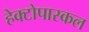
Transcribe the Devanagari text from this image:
हेक्टोपास्कल